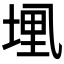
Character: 𫡭